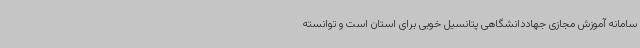
سامانه آموزش مجازی جهاددانشگاهی پتانسیل خوبی برای استان است و توانسته